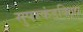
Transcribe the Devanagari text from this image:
सुपरकंडक्टिव